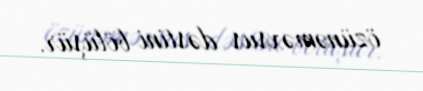
özünəməxsus dəstini bölüşür.